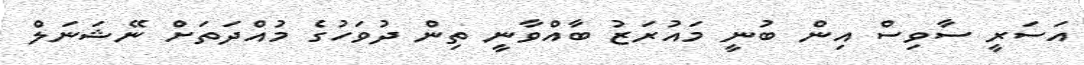
އަސަރީ ސާވިސް އިން ބުނީ މައުރަޒު ބާއްވާނީ ތިން ދުވަހުގެ މުއްދަތަށް ނޭޝަނަލް